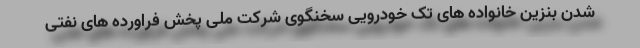
شدن بنزین خانواده های تک خودرویی سخنگوی شرکت ملی پخش فراورده های نفتی